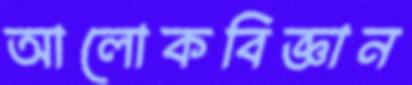
আলোকবিজ্ঞান